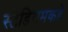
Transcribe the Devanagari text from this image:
स्टेडियमकडे